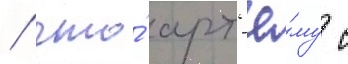
/ что́ арт'ё́му с